Voisiku_vallavalitsus, lk 179
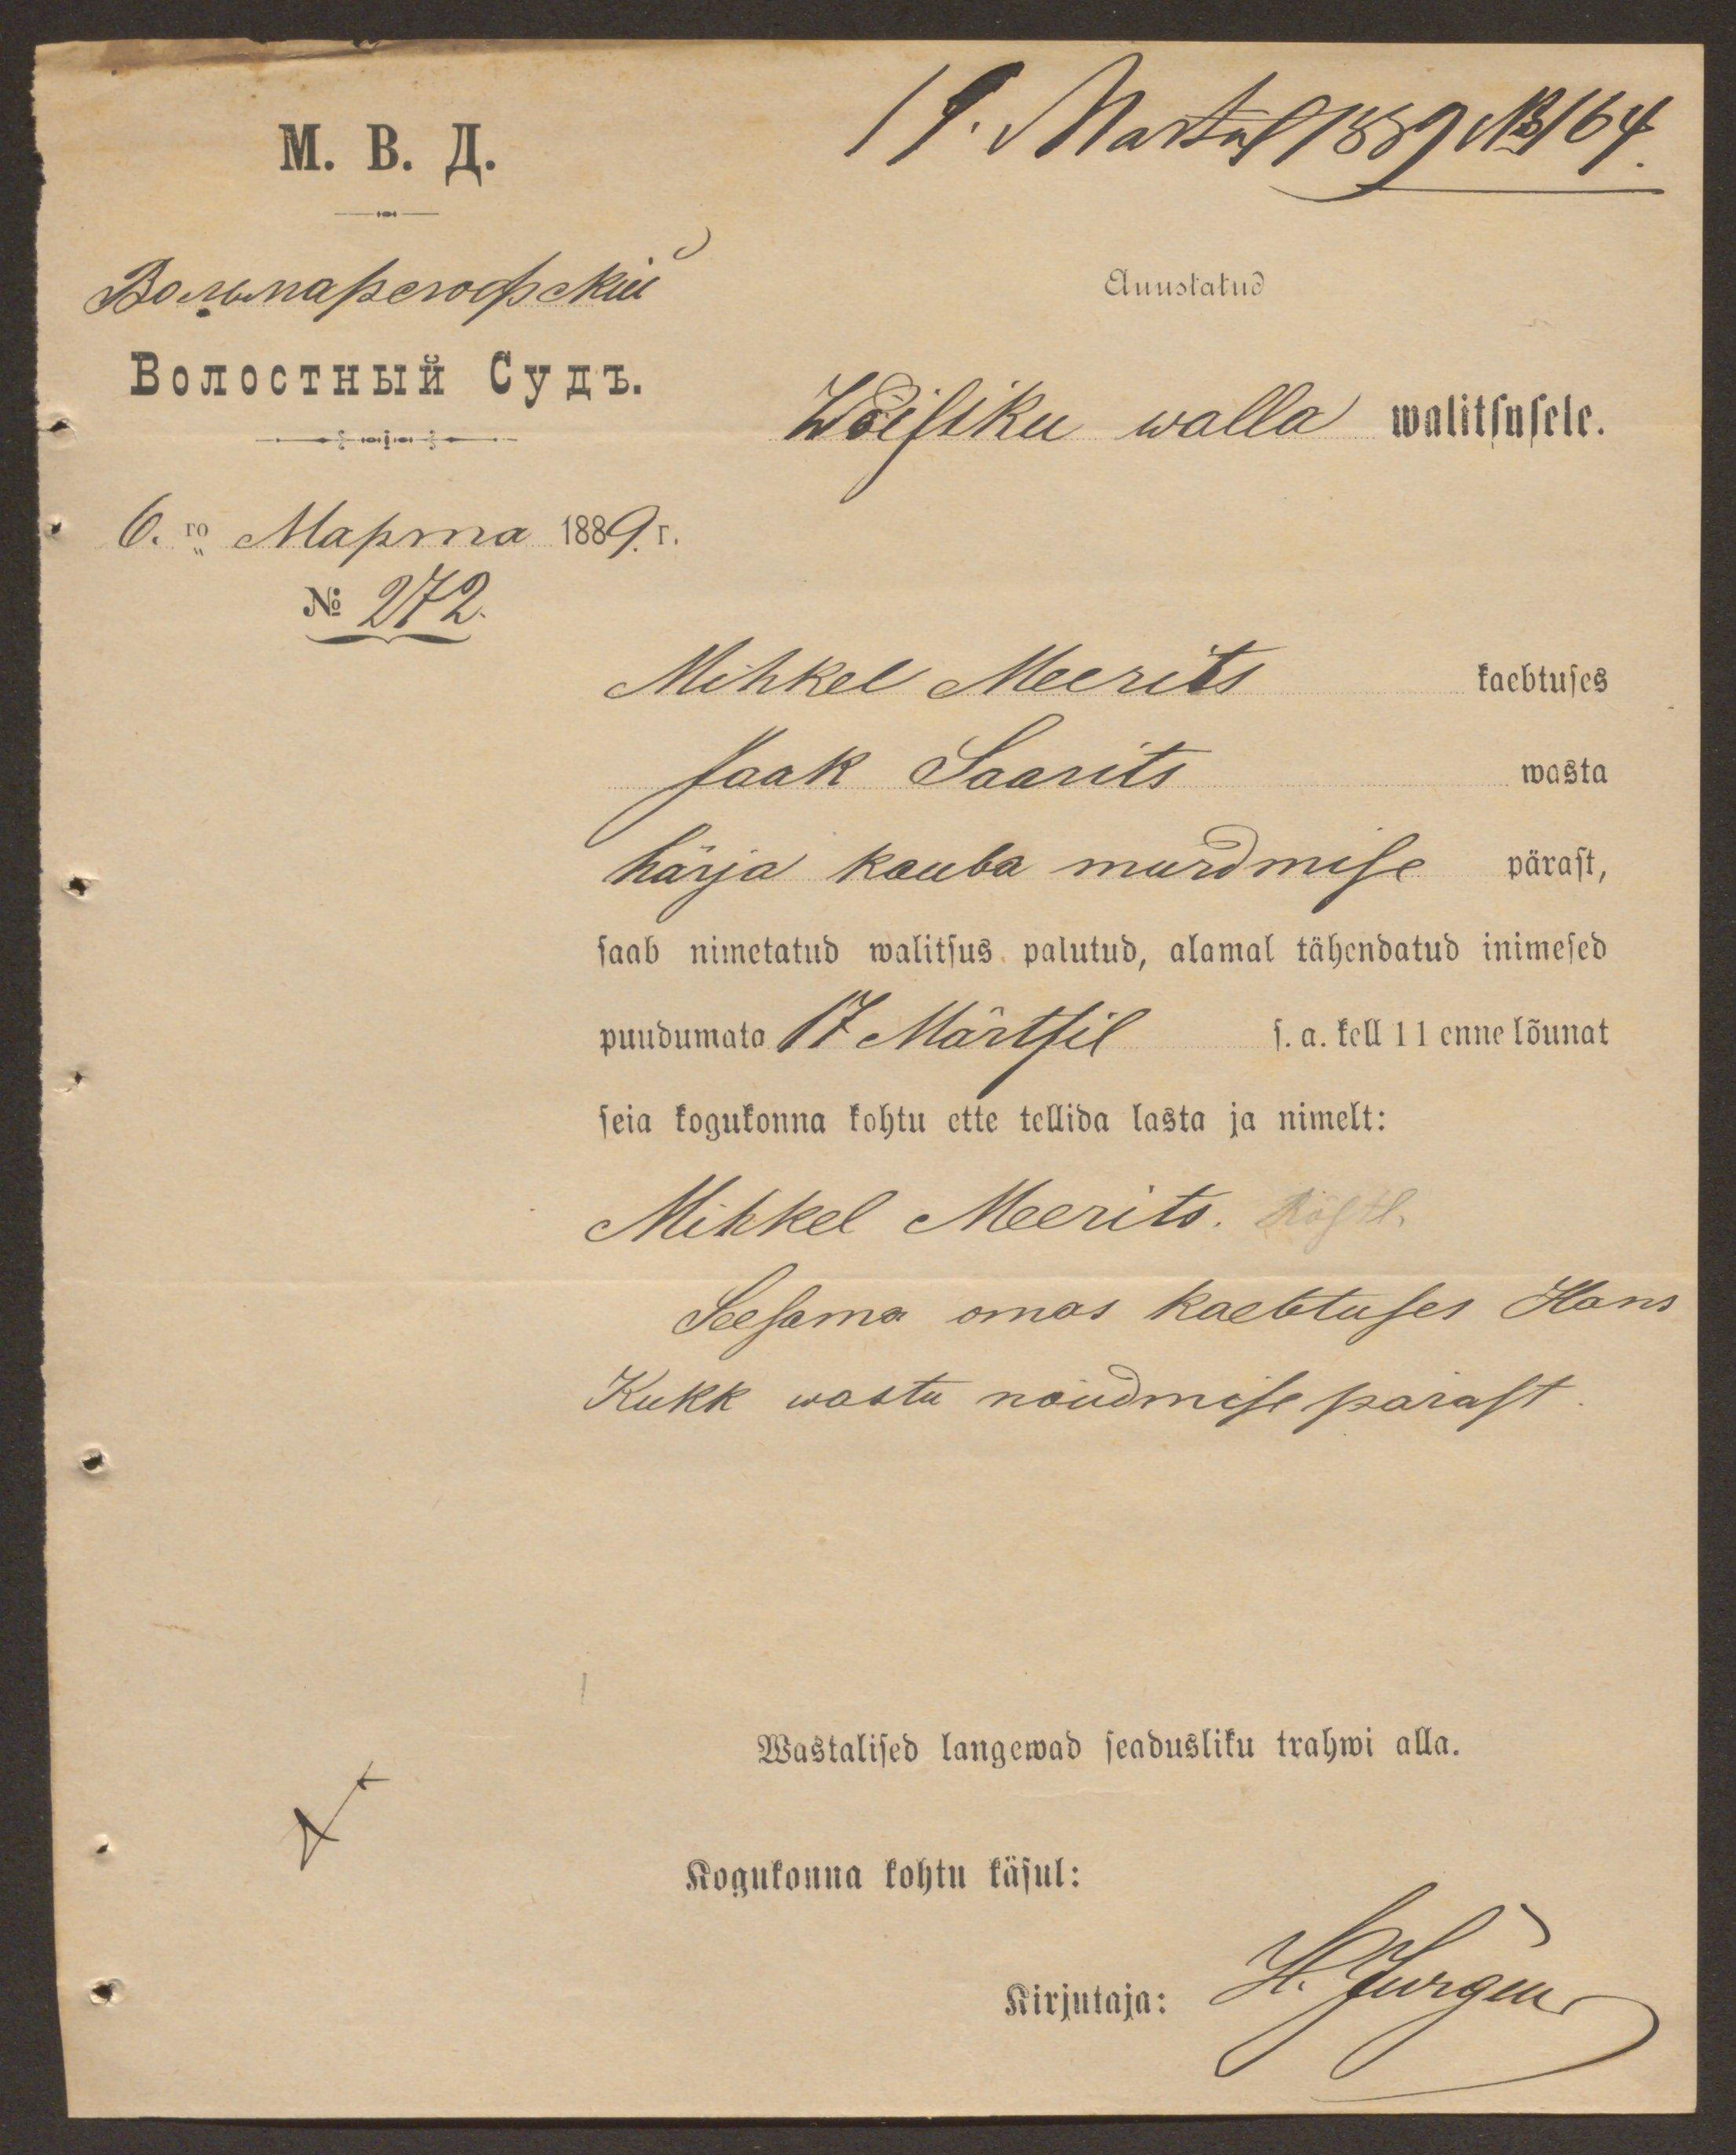
19. Martsil 1889 No 164.
Auustatud
Wõiliku walla walitsusele.
No 272.
Mihkel Meerits
kaebtuses
Jaak Laarits wasta
härja kauba murdmise pärast,
saab nimetatud walitsus palutud, alamal tähendatud inimesed
puudumata 17 Märtsil s.a. kell 11 enne lõunat
seia kogukonna kohtu ette tellida lasta ja nimelt:
Mihkel Meerits. Rösitl.
Seesama omas kaebtuses Hans
Kukk wastu nõudmise parast.
Wastalised langewad seadusliku trahwi alla.
Kogukonna kohtu käsul:
H. Jürgens
Kirjutaja: